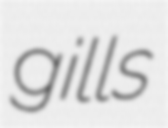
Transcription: gills